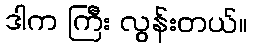
ဒါက ကြီး လွန်းတယ်။